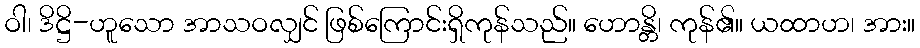
ဝါ၊ ဒိဋ္ဌိ-ဟူသော အာသဝလျှင် ဖြစ်ကြောင်းရှိကုန်သည်။ ဟောန္တိ၊ ကုန်၏။ ယထာဟ၊ အား။